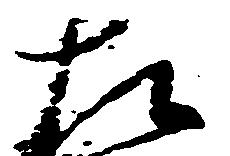
左